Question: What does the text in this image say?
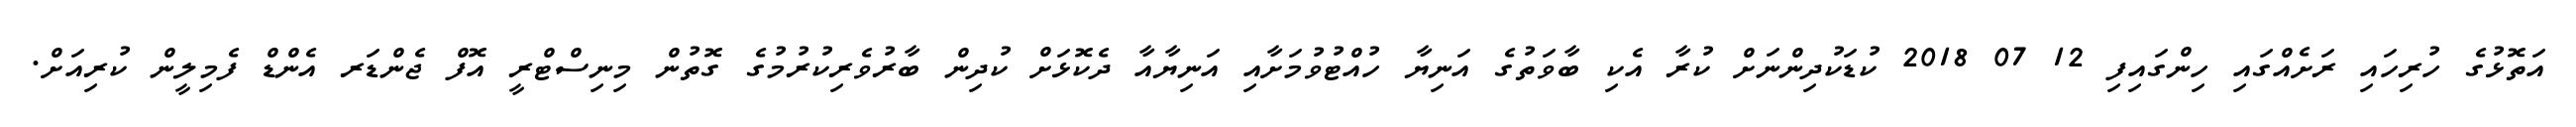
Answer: އަތޮޅުގެ ހުރިހައި ރަށެއްގައި ހިންގައިފި 12 07 2018 ކުޑަކުދިންނަށް ކުރާ އެކި ބާވަތުގެ އަނިޔާ ހުއްޓުވުމަށާއި އަނިޔާއާ ދެކޮޅަށް ކުދިން ބާރުވެރިކުރުމުގެ ގޮތުން މިނިސްޓްރީ އޮފް ޖެންޑަރ އެންޑް ފެމިލީން ކުރިއަށް.